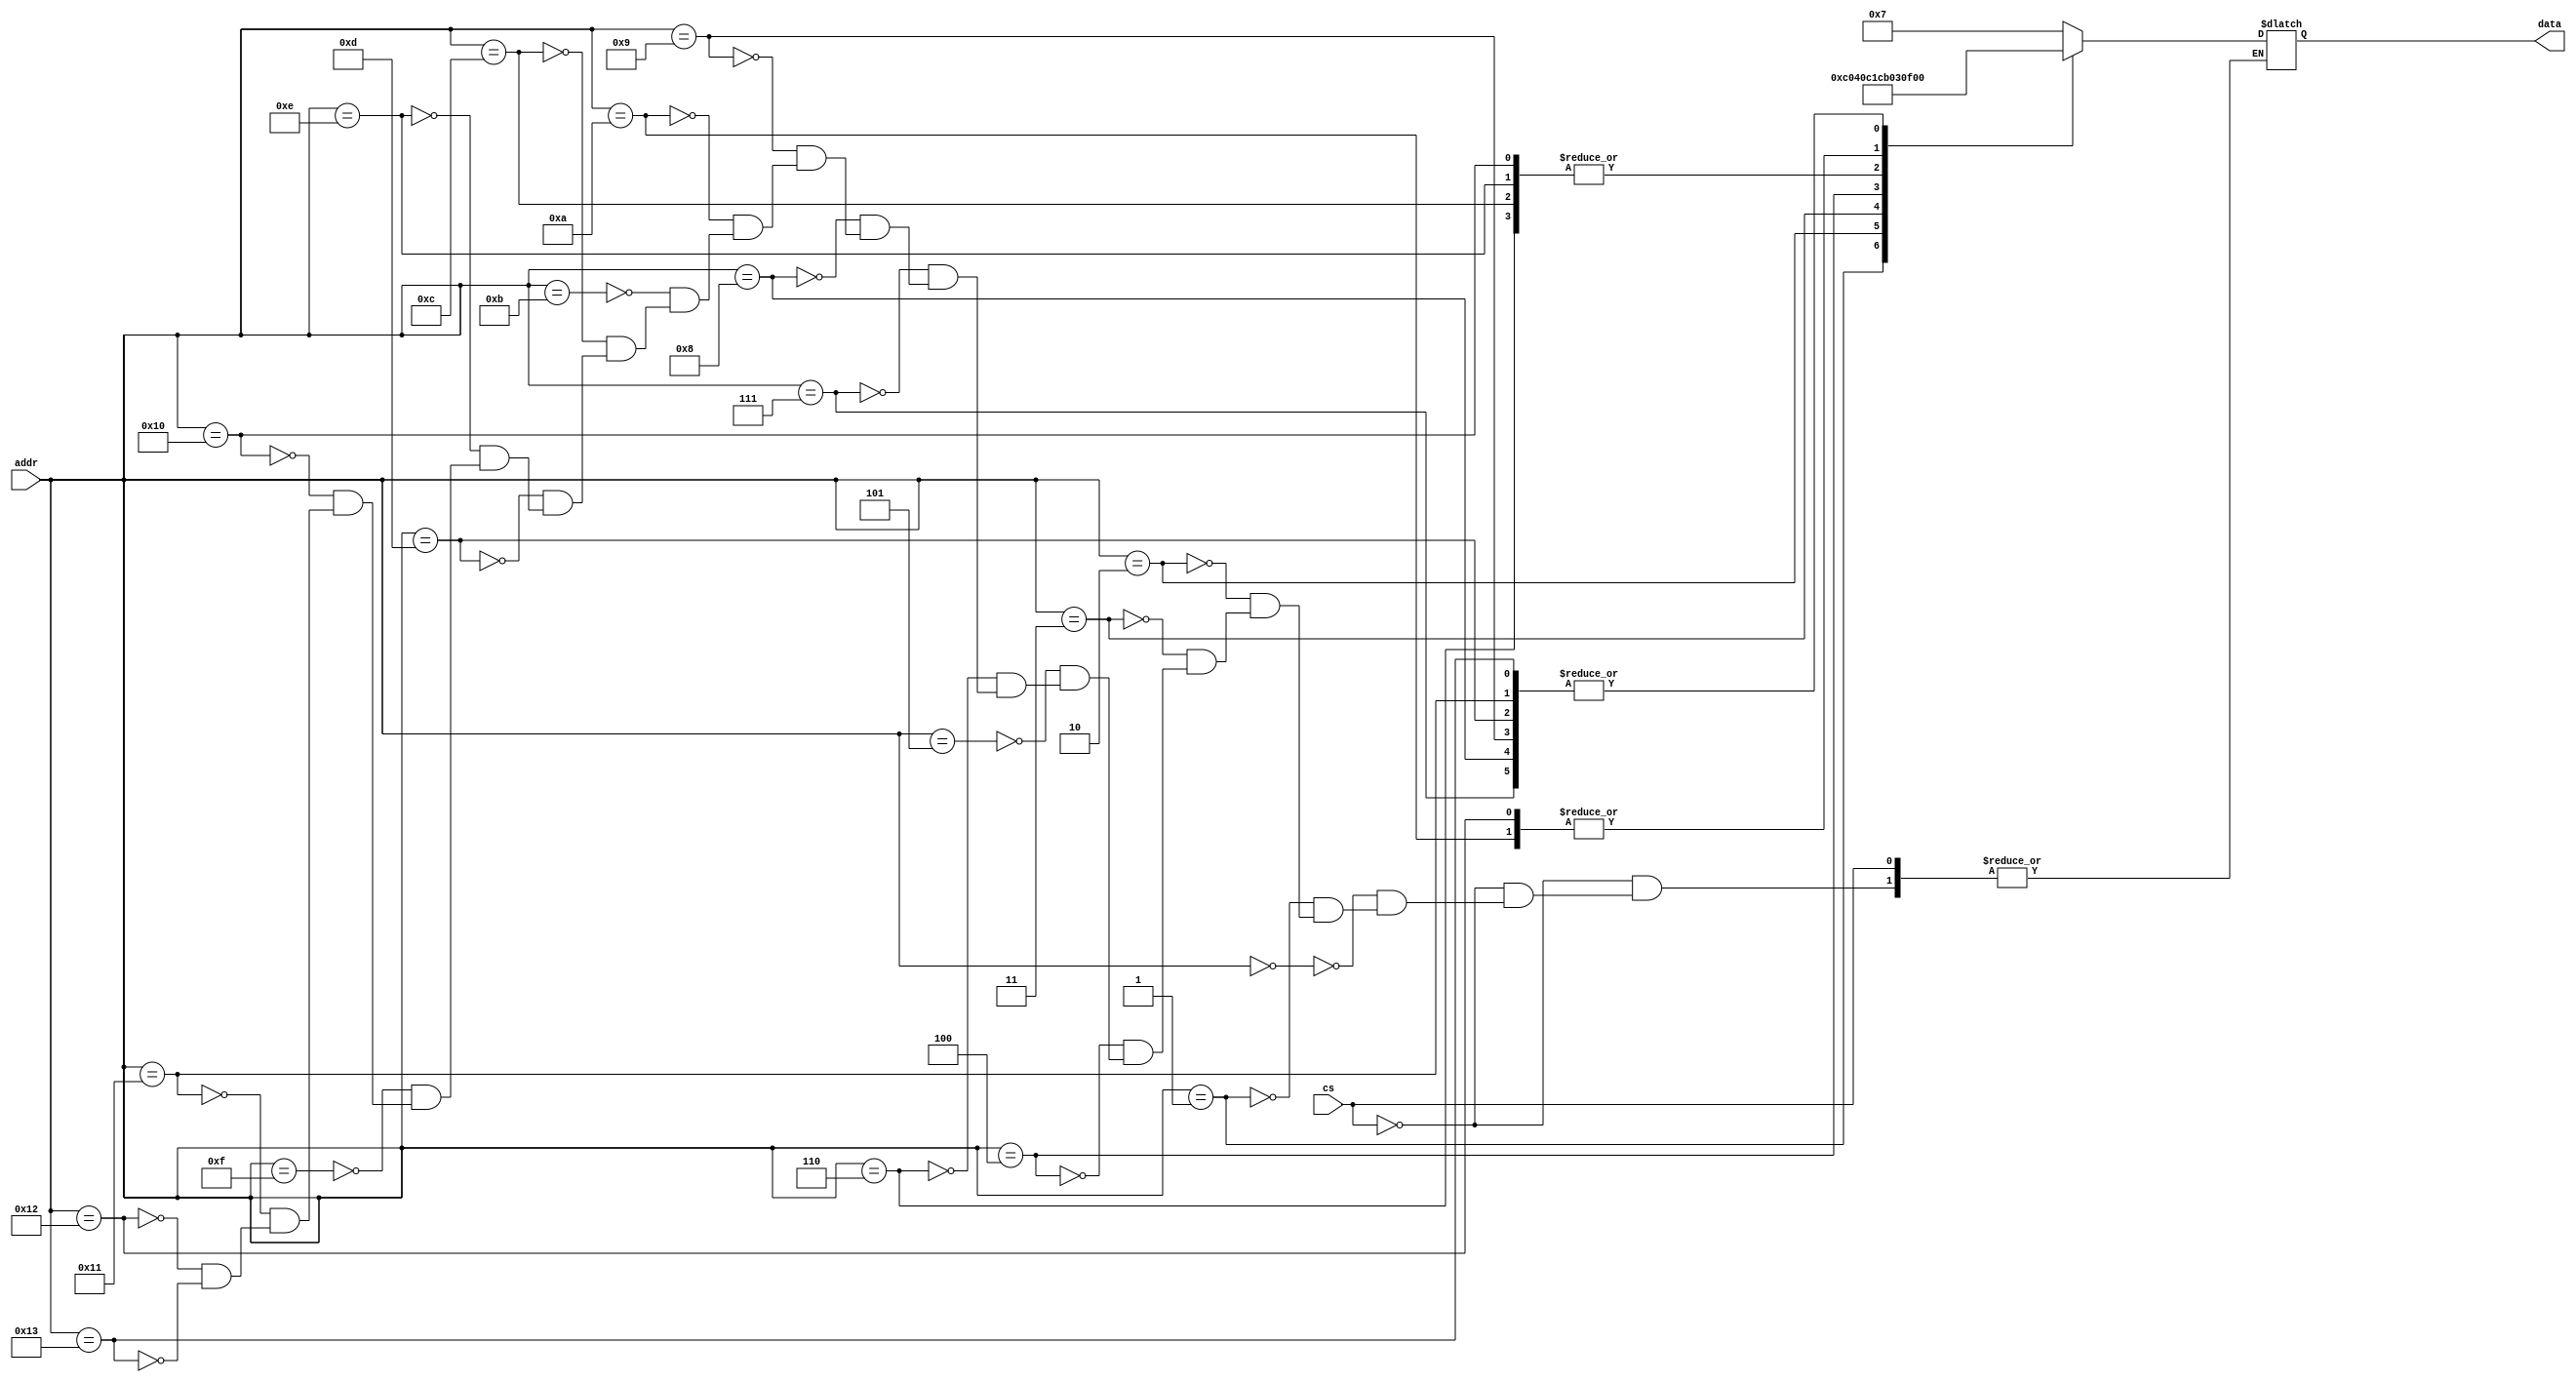
module ram_program
    (
        cs,
        addr,
        data
    );
	
	input cs;
	
	input [15:0] addr;
	
	output [7:0] data;
	
	reg [7:0] data;
    
    initial
        begin
            data = 8'b00000000;
        end
		
	always @ (addr)
		begin
			if (cs == 1'b0)
				begin
					case (addr)
                        'h0000: data = 8'b00000111;
                        'h0001: data = 8'b11000000;
                        'h0002: data = 8'b01000000;
                        'h0003: data = 8'b11000001;
						
                        'h0004: data = 8'b11001011;
                        'h0005: data = 8'b00000111;
                        'h0006: data = 8'b00000011;
                        'h0007: data = 8'b00000000;
						
                        'h0008: data = 8'b00000000;
                        'h0009: data = 8'b00000000;
                        'h000A: data = 8'b00001111;
                        'h000B: data = 8'b00000111;
						
                        'h000C: data = 8'b00000011;
                        'h000D: data = 8'b00000000;
                        'h000E: data = 8'b00000011;
                        'h000F: data = 8'b00000111;
						
                        'h0010: data = 8'b00000011;
                        'h0011: data = 8'b00000000;
                        'h0012: data = 8'b00001111;
                        'h0013: data = 8'b00000000;
					endcase
				end
		end
	
endmodule